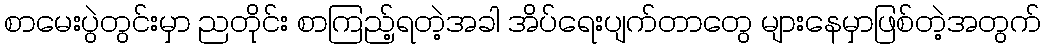
စာမေးပွဲတွင်းမှာ ညတိုင်း စာကြည့်ရတဲ့အခါ အိပ်ရေးပျက်တာတွေ များနေမှာဖြစ်တဲ့အတွက်